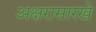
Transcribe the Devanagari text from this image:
अक्षरासारखे